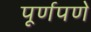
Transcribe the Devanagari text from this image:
पूूर्णपणे